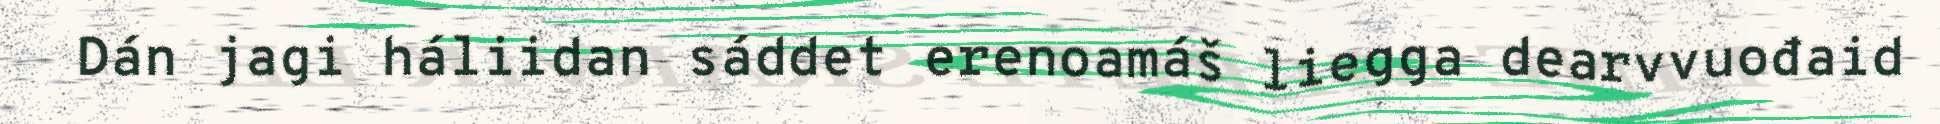
Dán jagi háliidan sáddet erenoamáš liegga dearvvuođaid